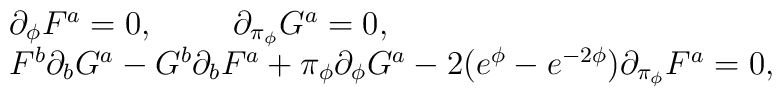
\left.\begin{array}{l}\partial_{\phi}F^{a}=0, \,\,\,\,\,\,\,\,\,\,\,\,\,\,\partial_{\pi_{\phi}}G^{a}=0, \\F^{b}\partial_{b}G^{a}- G^{b}\partial_{b}F^{a} +\pi_{\phi} \partial_{\phi}G^{a}- 2 (e^{\phi} - e^{-2\phi}) \partial_{\pi_{\phi}}F^{a} =0,\end{array}\right.